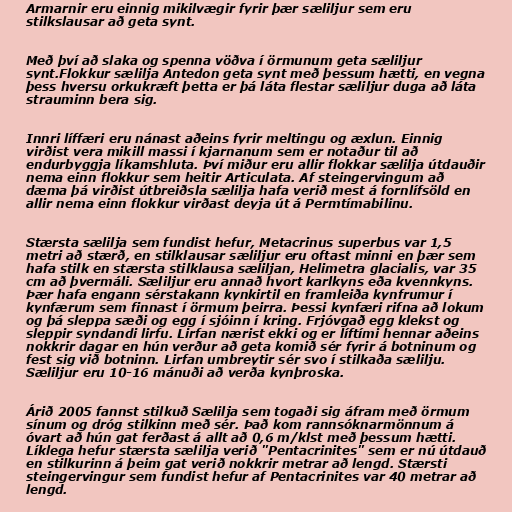
Armarnir eru einnig mikilvægir fyrir þær sæliljur sem eru
stilkslausar að geta synt.

Með því að slaka og spenna vöðva í örmunum geta sæliljur
synt.Flokkur sælilja Antedon geta synt með þessum hætti, en vegna
þess hversu orkukræft þetta er þá láta flestar sæliljur duga að láta
strauminn bera sig.

Innri líffæri eru nánast aðeins fyrir meltingu og æxlun. Einnig
virðist vera mikill massi í kjarnanum sem er notaður til að
endurbyggja líkamshluta. Því miður eru allir flokkar sælilja útdauðir
nema einn flokkur sem heitir Articulata. Af steingervingum að
dæma þá virðist útbreiðsla sælilja hafa verið mest á fornlífsöld en
allir nema einn flokkur virðast deyja út á Permtímabilinu.

Stærsta sælilja sem fundist hefur, Metacrinus superbus var 1,5
metri að stærð, en stilklausar sæliljur eru oftast minni en þær sem
hafa stilk en stærsta stilklausa sæliljan, Helimetra glacialis, var 35
cm að þvermáli. Sæliljur eru annað hvort karlkyns eða kvennkyns.
Þær hafa engann sérstakann kynkirtil en framleiða kynfrumur í
kynfærum sem finnast í örmum þeirra. Þessi kynfæri rifna að lokum
og þá sleppa sæði og egg í sjóinn í kring. Frjóvgað egg klekst og
sleppir syndandi lirfu. Lirfan nærist ekki og er líftími hennar aðeins
nokkrir dagar en hún verður að geta komið sér fyrir á botninum og
fest sig við botninn. Lirfan umbreytir sér svo í stilkaða sælilju.
Sæliljur eru 10-16 mánuði að verða kynþroska.

Árið 2005 fannst stilkuð Sælilja sem togaði sig áfram með örmum
sínum og dróg stilkinn með sér. Það kom rannsóknarmönnum á
óvart að hún gat ferðast á allt að 0,6 m/klst með þessum hætti.
Líklega hefur stærsta sælilja verið "Pentacrinites" sem er nú útdauð
en stilkurinn á þeim gat verið nokkrir metrar að lengd. Stærsti
steingervingur sem fundist hefur af Pentacrinites var 40 metrar að
lengd.